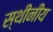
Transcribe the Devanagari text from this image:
स्थीनीय